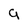
Character: a